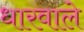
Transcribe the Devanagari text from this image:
धारवाले